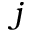
j